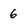
Character: 6